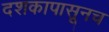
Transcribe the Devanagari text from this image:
दशकापासूनच